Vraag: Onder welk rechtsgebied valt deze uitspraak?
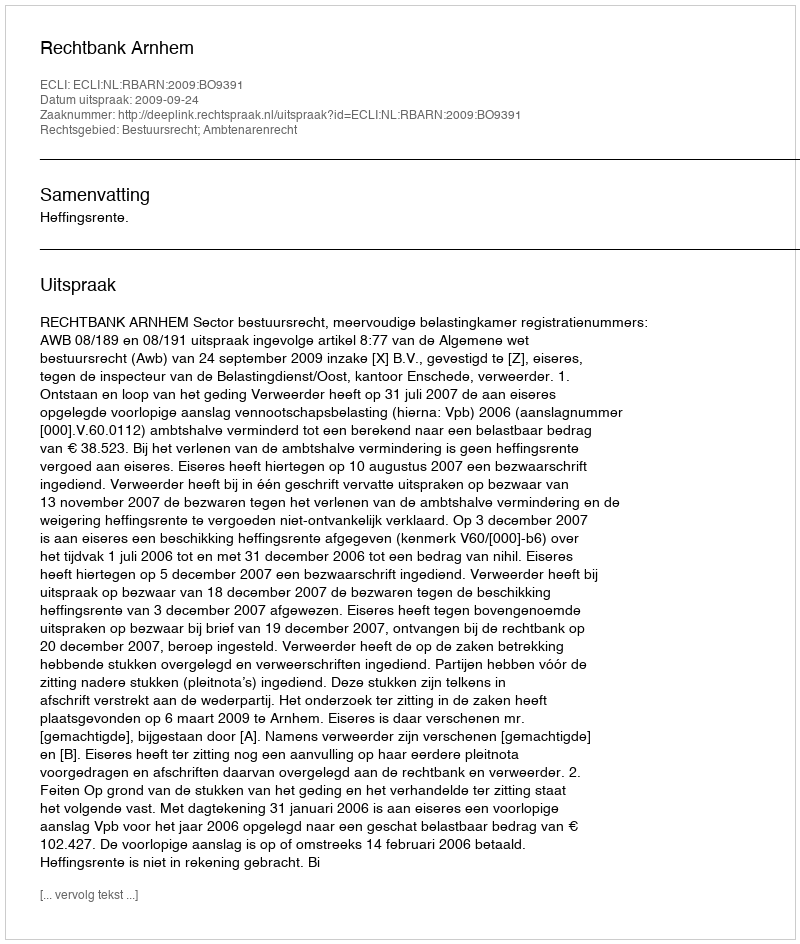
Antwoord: Bestuursrecht; Ambtenarenrecht